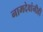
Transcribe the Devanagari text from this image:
नामदेवांनीही